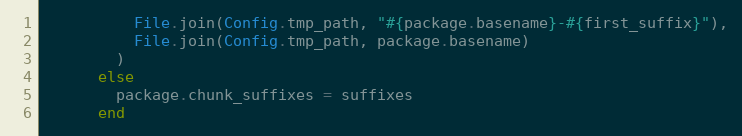
Language: Ruby
          File.join(Config.tmp_path, "#{package.basename}-#{first_suffix}"),
          File.join(Config.tmp_path, package.basename)
        )
      else
        package.chunk_suffixes = suffixes
      end